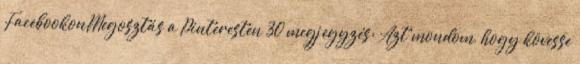
FacebookonMegosztás a Pinteresten 30 megjegyzés: Azt mondom, hogy kövesse